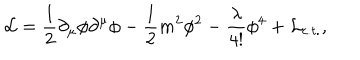
{ \cal L } = \frac 1 2 \partial _ { \mu } \phi \partial ^ { \mu } \phi - \frac 1 2 m ^ { 2 } \phi ^ { 2 } - \frac \lambda { 4 ! } \phi ^ { 4 } + { \cal L } { _ { c . t . } } ,